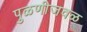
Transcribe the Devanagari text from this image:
पुळणीजवळ